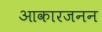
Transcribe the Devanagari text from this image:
आकारजनन